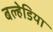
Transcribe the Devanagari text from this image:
बल्हेडिया